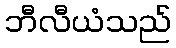
ဘီလီယံသည်